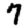
Digit: 7